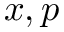
x , p